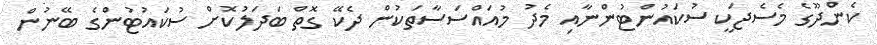
ކެންދޫގެ މެސެޖަކީ ސުކައުންޓުންނާއި މެދު މުއައްސަސާތަކުން ދެކޭ ގޮތް ބަދަލުކޮށް ސުކައުޓުންގެ ބޭނުން